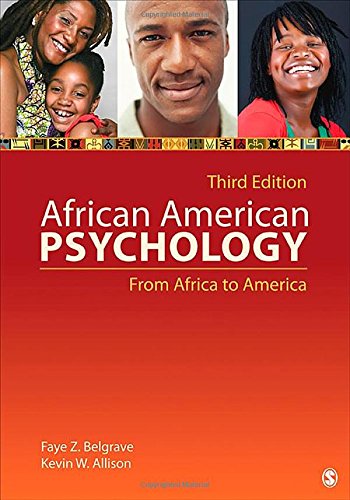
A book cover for African American Psychology: From Africa to America; Faye Z. (Zollicoffer) Belgrave; Medical Books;